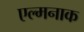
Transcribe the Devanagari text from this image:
एल्मनाक